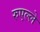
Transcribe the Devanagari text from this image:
रुएल्ले